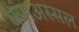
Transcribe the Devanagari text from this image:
कमअस्सल